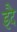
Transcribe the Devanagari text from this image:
इदै